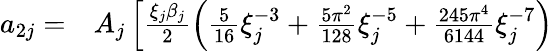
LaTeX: \begin{array}{rl}{a_{2j}=}&{{}A_{j}\left[\frac{\xi_{j}\beta_{j}}{2}\left(\frac{5}{16}\xi_{j}^{-3}+\frac{5\pi^{2}}{128}\xi_{j}^{-5}+\frac{245\pi^{4}}{6144}\xi_{j}^{-7}\right)\right.}\end{array}